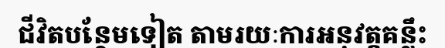
ជីវិតបន្ថែមទៀត តាមរយៈការអនុវត្តគន្លឹះ